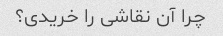
چرا آن نقاشی را خریدی؟